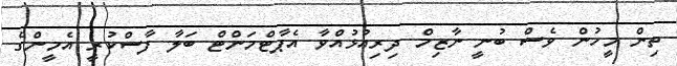
ތިން މީހުން ވެސް ބުނީ ނާޒިމް ދިރިއުޅުއްވާ އެޕާޓްމަންޓް ބަލާ ފާސްކުރީ އެމީންގެ